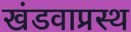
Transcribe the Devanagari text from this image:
खंडवाप्रस्थ